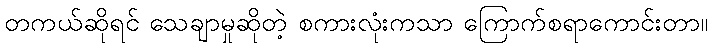
တကယ်ဆိုရင် သေချာမှုဆိုတဲ့ စကားလုံးကသာ ကြောက်စရာကောင်းတာ။